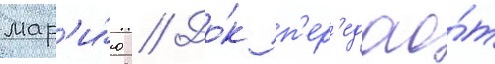
мар'и́ю // До́к п'ер'едао́т